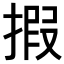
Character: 𢱈